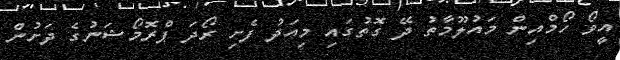
އީވޯ ހޯމްއިން މައުލޫމާތު ދޭ ގޮތުގައި މިއަދު ފެށި ރޯދަ ޕްރޮމޯޝަނުގެ ދަށުން